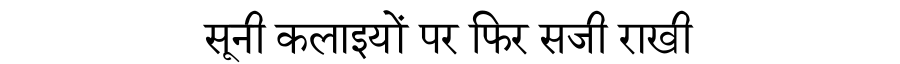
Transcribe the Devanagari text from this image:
सूनी कलाइयों पर फिर सजी राखी